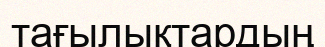
тағылықтардың